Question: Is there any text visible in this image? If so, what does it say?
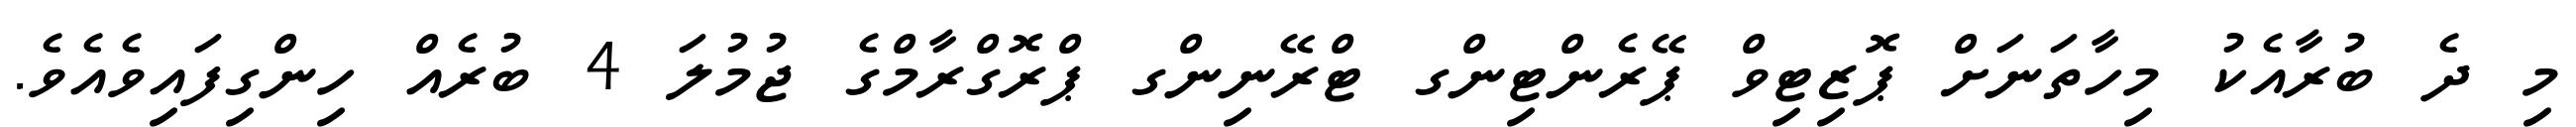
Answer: މި ދެ ބުރާއެކު މިހާތަނަށް ޕޮޒިޓިވް ޕޭރެންޓިންގ ޓްރޭނިންގ ޕްރޮގްރާމްގެ ޖުމުލަ 4 ބުރެއް ހިންގިފައިވެއެވެ.